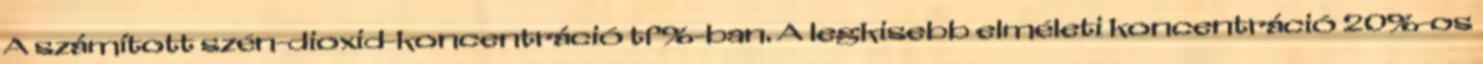
A számított szén-dioxid-koncentráció tf%-ban. A legkisebb elméleti koncentráció 20%-os